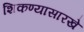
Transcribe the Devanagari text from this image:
शिकण्यासारखे